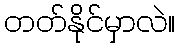
တတ်နိုင်မှာလဲ။